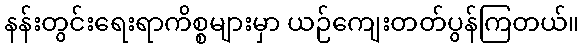
နန်းတွင်းရေးရာကိစ္စများမှာ ယဉ်ကျေးတတ်ပွန်ကြတယ်။